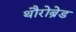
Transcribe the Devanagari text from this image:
थौरोब्रेड